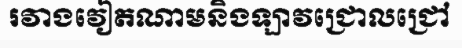
រវាងវៀតណាមនិងឡាវជ្រោលជ្រៅ